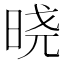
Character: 𣇈